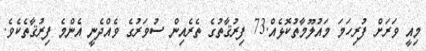
މިއީ ވަރަށް ފުރިހަމަ މައުލޫމާތުކޮޅެއް.73 ފިރުޤާތުގެ ތެރެއިން ސުވަރުގެ ވެއްދެނީ އެންމެ ފިރުޤާތެކެވެ.